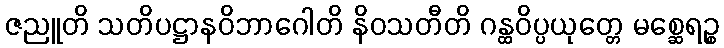
ဇညူတိ သတိပဋ္ဌာနဝိဘာဂေါတိ နိဝသတီတိ ဂန္ထဝိပ္ပယုတ္တေ မစ္ဆေရဉ္စ